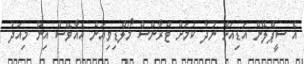
އެ ސީޕްލޭން އަޑިއަށް ނުދާ ކަމަށް ޓްރާންސް މޯލްޑިވިއަން އެއާވޭސް އިން މިއަދު